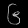
Digit: ၆